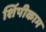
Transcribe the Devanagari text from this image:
शिंपीकाम